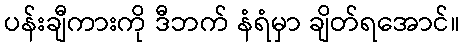
ပန်းချီကားကို ဒီဘက် နံရံမှာ ချိတ်ရအောင်။